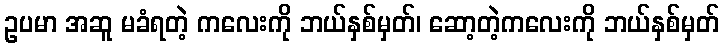
ဥပမာ အဆူ မခံရတဲ့ ကလေးကို ဘယ်နှစ်မှတ်၊ ဆော့တဲ့ကလေးကို ဘယ်နှစ်မှတ်